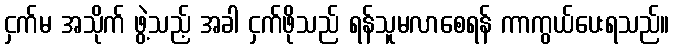
ငှက်မ အသိုက် ဖွဲ့သည့် အခါ ငှက်ဖိုသည် ရန်သူမလာစေရန် ကာကွယ်ပေးရသည်။